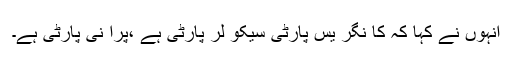
انہوں نے کہا کہ کا نگر یس پارٹی سیکو لر پارٹی ہے ،پرا نی پارٹی ہے۔